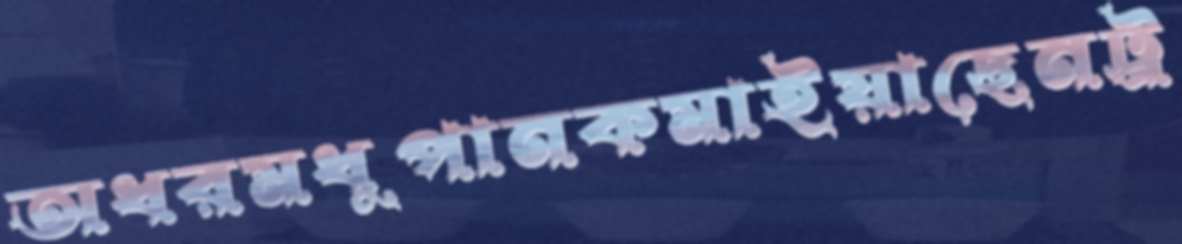
অধরমধুপানকমাইয়াছেনট্র